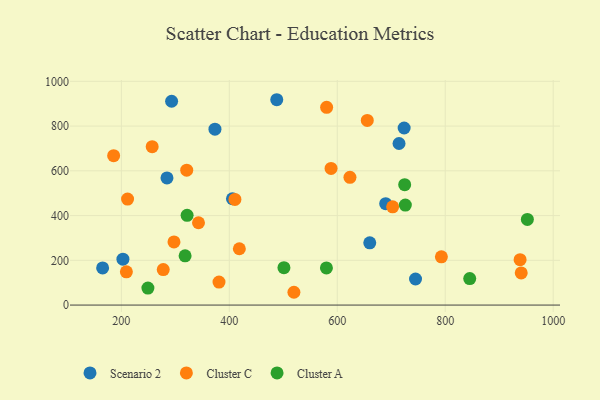
{"axis": {"x": "Speed", "y": "Rating"}, "legend": ["Cluster A", "Cluster C", "Scenario 2"], "data": [{"x": "723.9", "y": 791.4, "type": "Scenario 2"}, {"x": "373.4", "y": 786.0, "type": "Scenario 2"}, {"x": "293.1", "y": 911.0, "type": "Scenario 2"}, {"x": "487.9", "y": 917.8, "type": "Scenario 2"}, {"x": "165.3", "y": 166.2, "type": "Scenario 2"}, {"x": "405.8", "y": 475.2, "type": "Scenario 2"}, {"x": "689.7", "y": 453.0, "type": "Scenario 2"}, {"x": "284.5", "y": 568.3, "type": "Scenario 2"}, {"x": "745.0", "y": 116.5, "type": "Scenario 2"}, {"x": "202.9", "y": 205.1, "type": "Scenario 2"}, {"x": "714.4", "y": 722.1, "type": "Scenario 2"}, {"x": "660.2", "y": 278.1, "type": "Scenario 2"}, {"x": "342.9", "y": 368.0, "type": "Cluster C"}, {"x": "580.3", "y": 883.7, "type": "Cluster C"}, {"x": "940.8", "y": 143.8, "type": "Cluster C"}, {"x": "257.1", "y": 708.0, "type": "Cluster C"}, {"x": "792.9", "y": 215.6, "type": "Cluster C"}, {"x": "321.1", "y": 602.9, "type": "Cluster C"}, {"x": "410.4", "y": 472.2, "type": "Cluster C"}, {"x": "519.7", "y": 57.2, "type": "Cluster C"}, {"x": "938.7", "y": 203.1, "type": "Cluster C"}, {"x": "211.5", "y": 473.6, "type": "Cluster C"}, {"x": "209.3", "y": 148.7, "type": "Cluster C"}, {"x": "588.5", "y": 610.6, "type": "Cluster C"}, {"x": "185.7", "y": 667.7, "type": "Cluster C"}, {"x": "623.5", "y": 570.9, "type": "Cluster C"}, {"x": "297.5", "y": 282.2, "type": "Cluster C"}, {"x": "418.6", "y": 251.7, "type": "Cluster C"}, {"x": "655.6", "y": 825.2, "type": "Cluster C"}, {"x": "702.6", "y": 439.0, "type": "Cluster C"}, {"x": "380.9", "y": 102.6, "type": "Cluster C"}, {"x": "277.6", "y": 158.7, "type": "Cluster C"}, {"x": "318.1", "y": 220.2, "type": "Cluster A"}, {"x": "321.8", "y": 401.2, "type": "Cluster A"}, {"x": "952.2", "y": 382.6, "type": "Cluster A"}, {"x": "845.4", "y": 118.4, "type": "Cluster A"}, {"x": "249.2", "y": 76.1, "type": "Cluster A"}, {"x": "726.1", "y": 447.1, "type": "Cluster A"}, {"x": "579.9", "y": 166.0, "type": "Cluster A"}, {"x": "501.2", "y": 167.2, "type": "Cluster A"}, {"x": "724.9", "y": 538.1, "type": "Cluster A"}]}